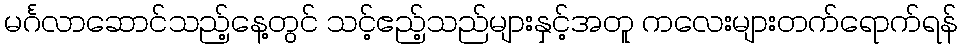
မင်္ဂလာဆောင်သည့်နေ့တွင် သင့်ဧည့်သည်များနှင့်အတူ ကလေးများတက်ရောက်ရန်